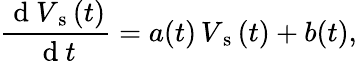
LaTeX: \frac{\mathrm{~d~}V_{\mathrm{~s~}}(t)}{\mathrm{~d~}t}=a(t)\, V_{\mathrm{~s~}}(t)+b(t),